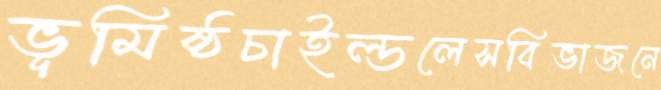
ভূমিষ্ঠচাইল্ডলেসবিভাজনে